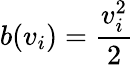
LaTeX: b(v_{i})={\frac{v_{i}^{2}}{2}}